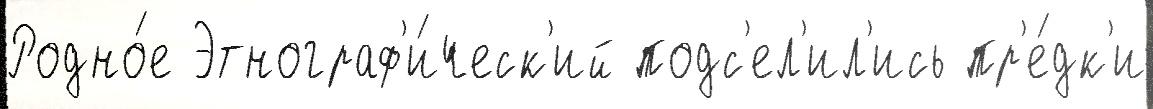
Родно́е Этнограф'и́ческ'ий подс'ел'ил'ись пр'е́дк'и